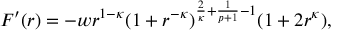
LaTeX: F ^ { \prime } ( r ) = - w r ^ { 1 - \kappa } ( 1 + r ^ { - \kappa } ) ^ { \frac { 2 } { \kappa } + \frac { 1 } { p + 1 } - 1 } ( 1 + 2 r ^ { \kappa } ) ,